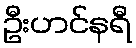
ဦးဟင်နရီ